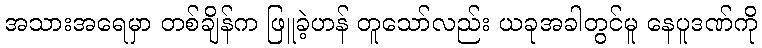
အသားအရေမှာ တစ်ချိန်က ဖြူခဲ့ဟန် တူသော်လည်း ယခုအခါတွင်မူ နေပူဒဏ်ကို